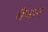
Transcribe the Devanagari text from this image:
मैबल